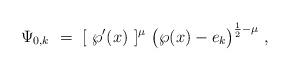
LaTeX: \begin{align*} \Psi_{0,k}\ =\ [\ \wp'(x)\ ]^{\mu}\ \big(\wp(x) - e_k\big)^{\frac{1}{2}-\mu}\ ,\end{align*}